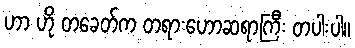
ဟာ ဟို တခေတ်က တရားဟောဆရာကြီး တပါးပါ။